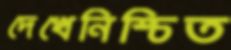
দেখেনিশ্চিত